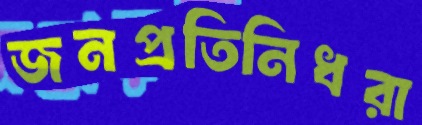
জনপ্রতিনিধরা